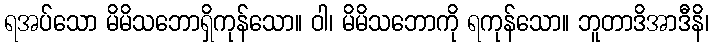
ရအပ်သော မိမိသဘောရှိကုန်သော။ ဝါ၊ မိမိသဘောကို ရကုန်သော။ ဘူတာဒိအာဒီနိ၊